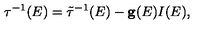
{ \bf \tau } ^ { - 1 } ( E ) = \tilde { \bf \tau } ^ { - 1 } ( E ) - { \bf g } ( E ) I ( E ) ,